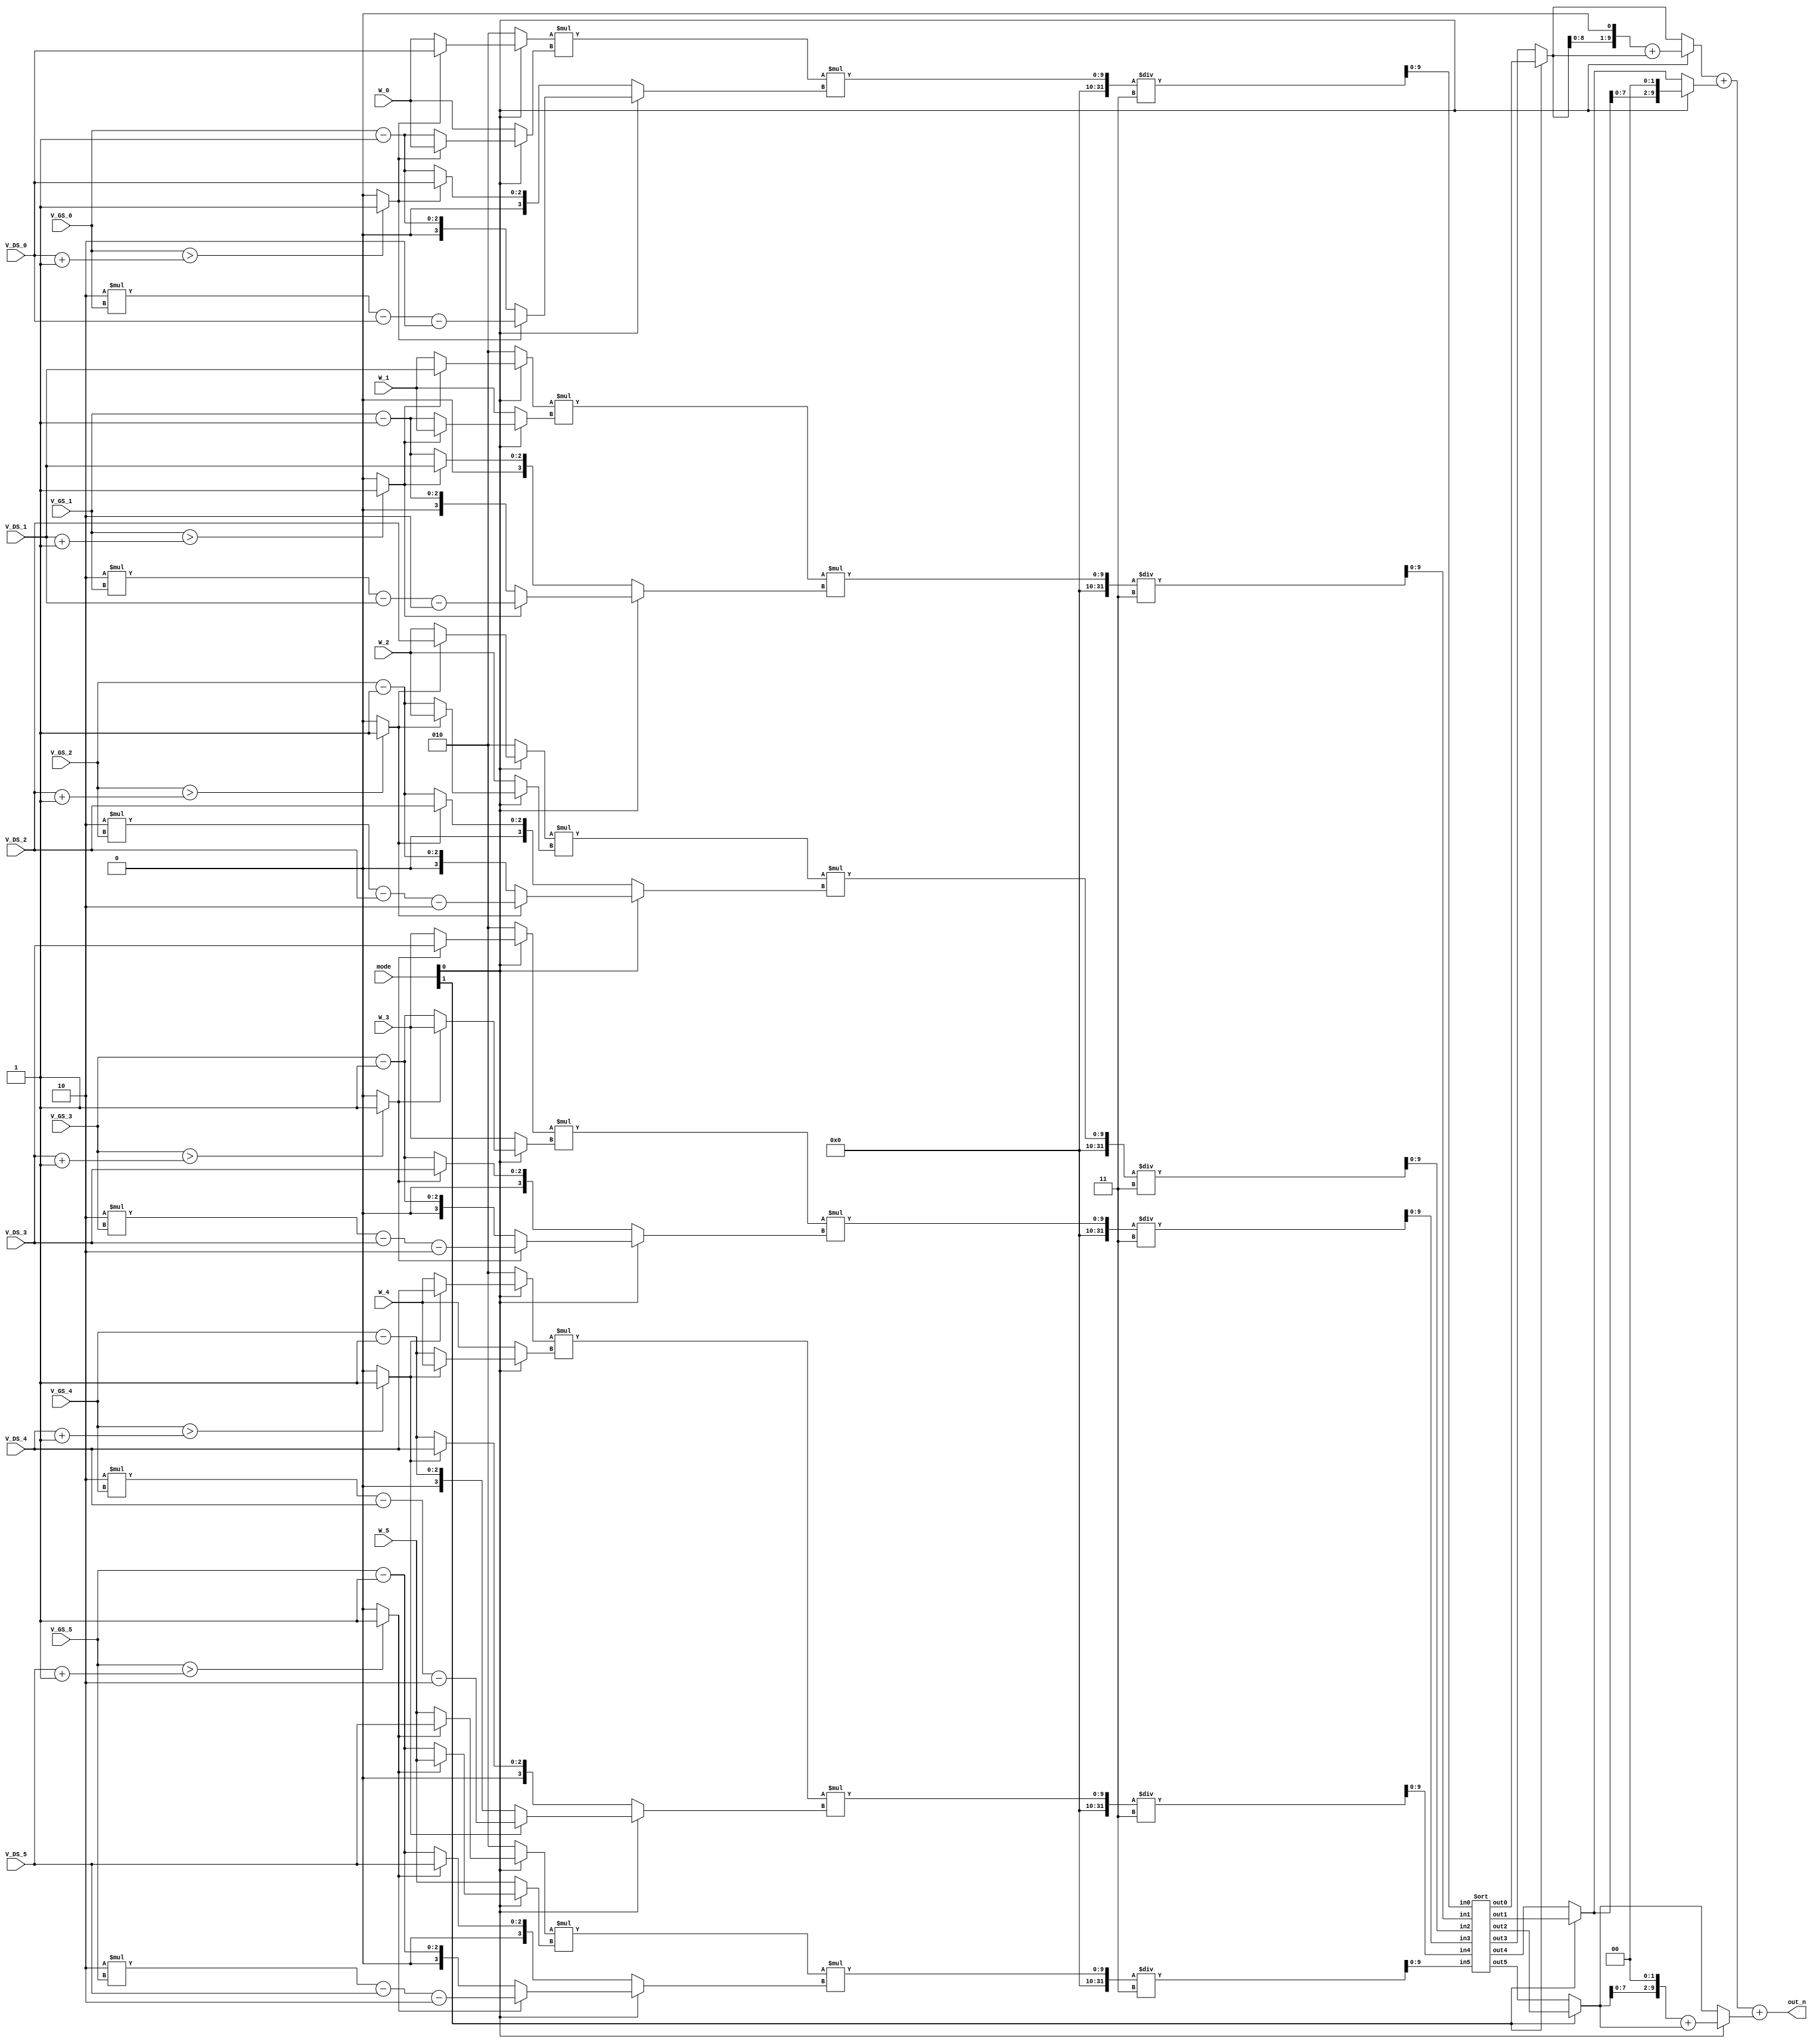
//Ref: https://github.com/mirkat1206/2021_Spring_NCTU_ICLAB/blob/main/Lab01/

module SMC(
    // Input signals
    mode,
    W_0, V_GS_0, V_DS_0,
    W_1, V_GS_1, V_DS_1,
    W_2, V_GS_2, V_DS_2,
    W_3, V_GS_3, V_DS_3,
    W_4, V_GS_4, V_DS_4,
    W_5, V_GS_5, V_DS_5,   
    // Output signals
    out_n
);

//================================================================
//   INPUT AND OUTPUT DECLARATION                         
//================================================================
input [2:0] W_0, V_GS_0, V_DS_0;
input [2:0] W_1, V_GS_1, V_DS_1;
input [2:0] W_2, V_GS_2, V_DS_2;
input [2:0] W_3, V_GS_3, V_DS_3;
input [2:0] W_4, V_GS_4, V_DS_4;
input [2:0] W_5, V_GS_5, V_DS_5;
input [1:0] mode;
output [9:0] out_n;

//================================================================
//    Wire & Registers 
//================================================================
//
genvar idx;
integer i;
parameter MAXN = 5 ;
//
wire [2:0] W_[0:MAXN], V_GS[0:MAXN], V_DS[0:MAXN];
//
wire [2:0] ID_Tri_A[0:MAXN], ID_Tri_B[0:MAXN];
wire [3:0] ID_Tri_C[0:MAXN];
wire [2:0] ID_Sat_A[0:MAXN], ID_Sat_B[0:MAXN], ID_Sat_C[0:MAXN];
wire [2:0] gm_Tri_A[0:MAXN], gm_Tri_B[0:MAXN], gm_Tri_C[0:MAXN];
wire [2:0] gm_Sat_A[0:MAXN], gm_Sat_B[0:MAXN], gm_Sat_C[0:MAXN];
//
wire is_Tri[0:MAXN];
//
wire [2:0] ID_A[0:MAXN], ID_B[0:MAXN], gm_A[0:MAXN], gm_B[0:MAXN], gm_C[0:MAXN];
wire [3:0] ID_C[0:MAXN];
wire [2:0] A[0:MAXN], B[0:MAXN];
wire [3:0] C[0:MAXN];
//
wire [9:0] cal_out[0:MAXN];
wire [9:0] n[0:MAXN], n1[0:MAXN];
//
wire [9:0] out_0, out_1, out_2;
//================================================================
//    DESIGN
//================================================================
// Turn default input forms into array forms
assign W_[0] = W_0 ;
assign W_[1] = W_1 ;
assign W_[2] = W_2 ;
assign W_[3] = W_3 ;
assign W_[4] = W_4 ;
assign W_[5] = W_5 ;
assign V_GS[0] = V_GS_0 ;
assign V_GS[1] = V_GS_1 ;
assign V_GS[2] = V_GS_2 ;
assign V_GS[3] = V_GS_3 ;
assign V_GS[4] = V_GS_4 ;
assign V_GS[5] = V_GS_5 ;
assign V_DS[0] = V_DS_0 ;
assign V_DS[1] = V_DS_1 ;
assign V_DS[2] = V_DS_2 ;
assign V_DS[3] = V_DS_3 ;
assign V_DS[4] = V_DS_4 ;
assign V_DS[5] = V_DS_5 ;

// assign (ID/gm)_(Tri/Sat)_(A/B/C)
generate
    for( idx=0 ; idx<=MAXN ; idx=idx+1 ) begin
        //
        assign ID_Tri_A[idx] = V_DS[idx] ;
        assign ID_Tri_B[idx] = W_[idx] ;
        assign ID_Tri_C[idx] = 2*V_GS[idx] - V_DS[idx] - 2 ;
        //
        assign gm_Tri_A[idx] = 2 ;
        assign gm_Tri_B[idx] = W_[idx] ;
        assign gm_Tri_C[idx] = V_DS[idx] ;
        //
        assign ID_Sat_A[idx] = W_[idx] ;
        assign ID_Sat_B[idx] = V_GS[idx] - 1 ;
        assign ID_Sat_C[idx] = ID_Sat_B[idx] ;      // V_GS[idx] - 1
        //
        assign gm_Sat_A[idx] = 2 ;
        assign gm_Sat_B[idx] = W_[idx] ;
        assign gm_Sat_C[idx] = ID_Sat_B[idx] ;      // V_GS[idx] - 1
    end
endgenerate

// check either MOSFET is in Triode or Saturation region
generate
    for( idx=0 ; idx<=MAXN ; idx=idx+1 ) begin
        assign is_Tri[idx] = ( V_GS[idx]>(V_DS[idx]+1) ) ? 1'b1 : 1'b0 ;
    end
endgenerate

// based on Triode/Saturation region, choose (ID/gm)_(A/B/C)
generate
    for( idx=0 ; idx<=MAXN ; idx=idx+1 ) begin
        assign ID_A[idx] = ( is_Tri[idx]==1'b1 ) ? ID_Tri_A[idx] : ID_Sat_A[idx] ;
        assign ID_B[idx] = ( is_Tri[idx]==1'b1 ) ? ID_Tri_B[idx] : ID_Sat_B[idx] ;
        assign ID_C[idx] = ( is_Tri[idx]==1'b1 ) ? ID_Tri_C[idx] : ID_Sat_C[idx] ;
        assign gm_A[idx] = ( is_Tri[idx]==1'b1 ) ? gm_Tri_A[idx] : gm_Sat_A[idx] ;
        assign gm_B[idx] = ( is_Tri[idx]==1'b1 ) ? gm_Tri_B[idx] : gm_Sat_B[idx] ;
        assign gm_C[idx] = ( is_Tri[idx]==1'b1 ) ? gm_Tri_C[idx] : gm_Sat_C[idx] ;
    end
endgenerate

// based on mode[0], choose A, B, C
generate
    for( idx=0 ; idx<=MAXN ; idx=idx+1 ) begin
        assign A[idx] = ( mode[0]==1'b1 ) ? ID_A[idx] : gm_A[idx] ;
        assign B[idx] = ( mode[0]==1'b1 ) ? ID_B[idx] : gm_B[idx] ;
        assign C[idx] = ( mode[0]==1'b1 ) ? ID_C[idx] : gm_C[idx] ;
    end
endgenerate

//
generate
    for( idx=0 ; idx<=MAXN ; idx=idx+1 ) begin
        assign cal_out[idx] = ( A[idx] * B[idx] * C[idx] ) / 3 ;
    end
endgenerate

// sort
Sort sort(  .in0(cal_out[0]), .in1(cal_out[1]), .in2(cal_out[2]), .in3(cal_out[3]), .in4(cal_out[4]), .in5(cal_out[5]),
            .out0(n[0]) , .out1(n[1]) , .out2(n[2]) , .out3(n[3]) , .out4(n[4]) , .out5(n[5]) );

// based on mode[1], choose larger/smaller values
assign n1[0] = ( mode[1]==1'b1 ) ? n[0] : n[3] ;
assign n1[1] = ( mode[1]==1'b1 ) ? n[1] : n[4] ;
assign n1[2] = ( mode[1]==1'b1 ) ? n[2] : n[5] ;

// based on mode[0], choose ID/gm output function
assign out_0 = ( mode[0]==1'b0 ) ? n1[0] : ( n1[0]<<1 ) + n1[0] ;
assign out_1 = ( mode[0]==1'b0 ) ? n1[1] : ( n1[1]<<2 ) ;
assign out_2 = ( mode[0]==1'b0 ) ? n1[2] : ( n1[2]<<2 ) + n1[2] ;

// output
assign out_n = out_0 + out_1 + out_2 ;

endmodule

//================================================================
//   SUB MODULE
//================================================================
// sort 6 elements
module Sort(
    // Input signals
    in0, in1, in2, in3, in4, in5,
    // Output signals
    out0, out1, out2, out3, out4, out5
);
//================================================================
//   INPUT AND OUTPUT DECLARATION                         
//================================================================
input [9:0] in0, in1, in2, in3, in4, in5;
output [9:0] out0, out1, out2, out3, out4, out5;
//================================================================
//    Wire & Registers 
//================================================================
wire [9:0] a[0:3], b[0:2], c[0:3], d[0:2], e[0:5], f[0:3], g[0:1];
//================================================================
//    DESIGN
//================================================================
//
assign a[0] = ( in0>in1 ) ? in0 : in1 ;
assign a[1] = ( in0>in1 ) ? in1 : in0 ;
assign a[2] = ( a[1]>in2 )? a[1] : in2 ;
assign a[3] = ( a[1]>in2 )? in2 : a[1] ;
assign b[0] = ( a[0]>a[2] ) ? a[0] : a[2] ;
assign b[1] = ( a[0]>a[2] ) ? a[2] : a[0] ;
assign b[2] = a[3] ;
//
assign c[0] = ( in3>in4 ) ? in3 : in4 ;
assign c[1] = ( in3>in4 ) ? in4 : in3 ;
assign c[2] = ( c[1]>in5 )? c[1] : in5 ;
assign c[3] = ( c[1]>in5 )? in5 : c[1] ;
assign d[0] = ( c[0]>c[2] ) ? c[0] : c[2] ;
assign d[1] = ( c[0]>c[2] ) ? c[2] : c[0] ;
assign d[2] = c[3] ;
//
assign e[0] = ( b[0]>d[0] ) ? b[0] : d[0] ;
assign e[1] = ( b[0]>d[0] ) ? d[0] : b[0] ;
assign e[2] = ( b[1]>d[1] ) ? b[1] : d[1] ;
assign e[3] = ( b[1]>d[1] ) ? d[1] : b[1] ;
assign e[4] = ( b[2]>d[2] ) ? b[2] : d[2] ;
assign e[5] = ( b[2]>d[2] ) ? d[2] : b[2] ;
//
assign out0 = e[0] ;
assign out5 = e[5] ;
//
assign f[0] = ( e[1]>e[2] ) ? e[1] : e[2] ;
assign f[1] = ( e[1]>e[2] ) ? e[2] : e[1] ;
assign f[2] = ( e[3]>e[4] ) ? e[3] : e[4] ;
assign f[3] = ( e[3]>e[4] ) ? e[4] : e[3] ;
//
assign out1 = f[0] ;
assign out4 = f[3] ;
//
assign g[0] = ( f[1]>f[2] ) ? f[1] : f[2] ;
assign g[1] = ( f[1]>f[2] ) ? f[2] : f[1] ;
//
assign out2 = g[0] ;
assign out3 = g[1] ;

endmodule